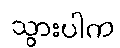
သွားပါက